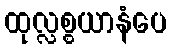
ထုလ္လစ္စယာနံပေ